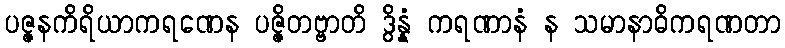
ပဇ္ဇနကိရိယာကရဏေန ပဇ္ဇိတဗ္ဗာတိ ဒွိန္နံ ကရဏာနံ န သမာနာဓိကရဏတာ